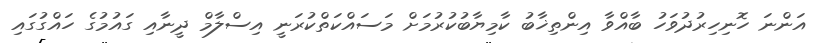
އަންނަ ހޮނިހިރުދުވަހު ބާއްވާ އިންތިޚާބު ކާމިޔާބުކުރުމަށް މަސައްކަތްކުރަނީ އިސްލާމް ދީނާއި ގައުމުގެ ހައްގުގައި